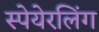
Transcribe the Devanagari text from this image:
स्पेयेरलिंग